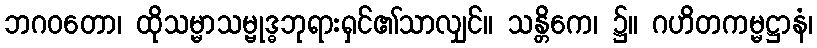
ဘဂဝတော၊ ထိုသမ္မာသမ္ဗုဒ္ဓဘုရားရှင်၏သာလျှင်။ သန္တိကေ၊ ၌။ ဂဟိတကမ္မဋ္ဌာနံ၊